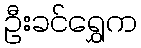
ဦးခင်ရွှေက